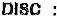
DISC :